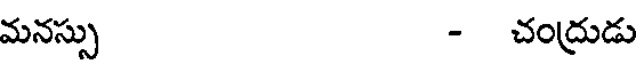
మనస్సు - చంద్రుడు